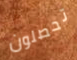
تحصلون